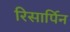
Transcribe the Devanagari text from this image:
रिसार्पिन